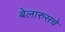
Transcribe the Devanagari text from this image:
बेलारुसचे